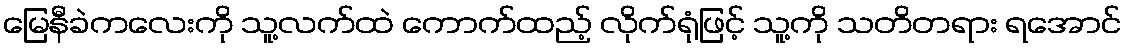
မြေနီခဲကလေးကို သူ့လက်ထဲ ကောက်ထည့် လိုက်ရုံဖြင့် သူ့ကို သတိတရား ရအောင်